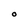
Character: O